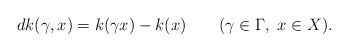
\begin{align*} d k(\gamma, x)=k(\gamma x)-k(x)\qquad(\gamma\in \Gamma,\ x\in X).\end{align*}